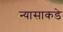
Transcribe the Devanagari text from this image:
न्यासाकडे